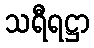
သရီရဋ္ဌာ